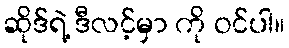
ဆိုဒ်ရဲ့ ဒီလင့်မှာ ကို ဝင်ပါ။